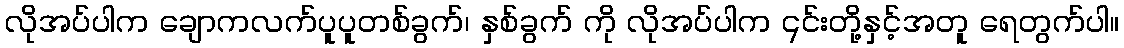
လိုအပ်ပါက ချောကလက်ပူပူတစ်ခွက်၊ နှစ်ခွက် ကို လိုအပ်ပါက ၎င်းတို့နှင့်အတူ ရေတွက်ပါ။